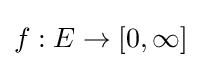
f:E\to [0,\infty ]